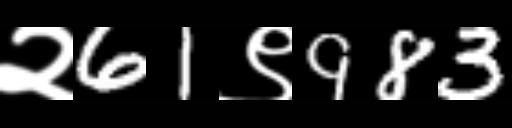
Text: २61९983